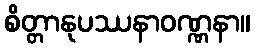
စိတ္တာနုပဿနာဝဏ္ဏနာ။